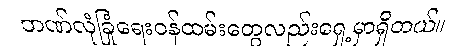
ဘဏ်လုံခြုံရေးဝန်ထမ်းတွေလည်းရှေ့မှာရှိတယ်။